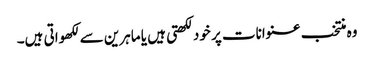
وہ منتخب عنوانات پر خود لکھتی ہیں یا ماہرین سے لکھواتی ہیں۔